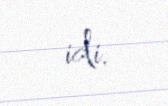
idi.